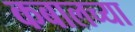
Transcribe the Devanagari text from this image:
कबालच्या